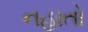
નહાતો